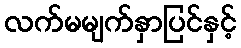
လက်မမျက်နှာပြင်နှင့်